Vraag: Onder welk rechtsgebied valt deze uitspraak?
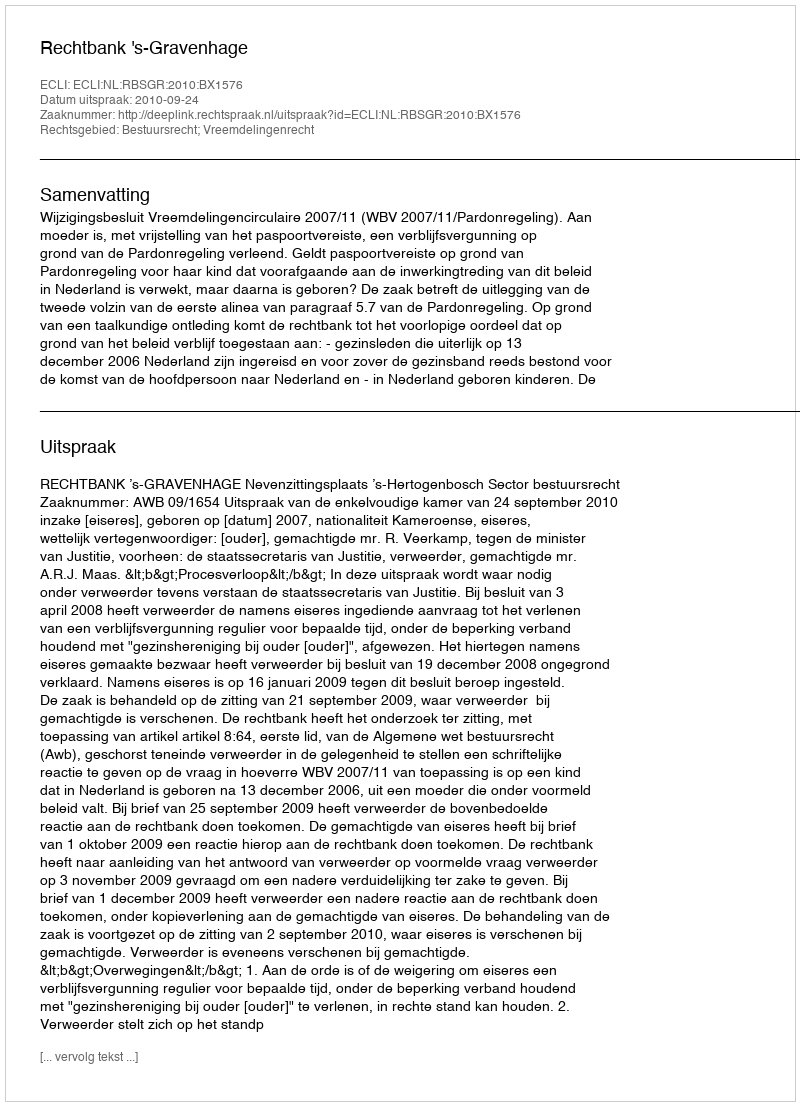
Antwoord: Bestuursrecht; Vreemdelingenrecht